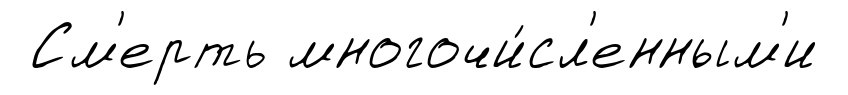
См'ерть многочи́сл'енным'и